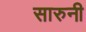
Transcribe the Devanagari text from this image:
सारुनी